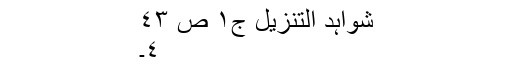
شواہد التنزیل ج١ ص ٤٣
٤۔